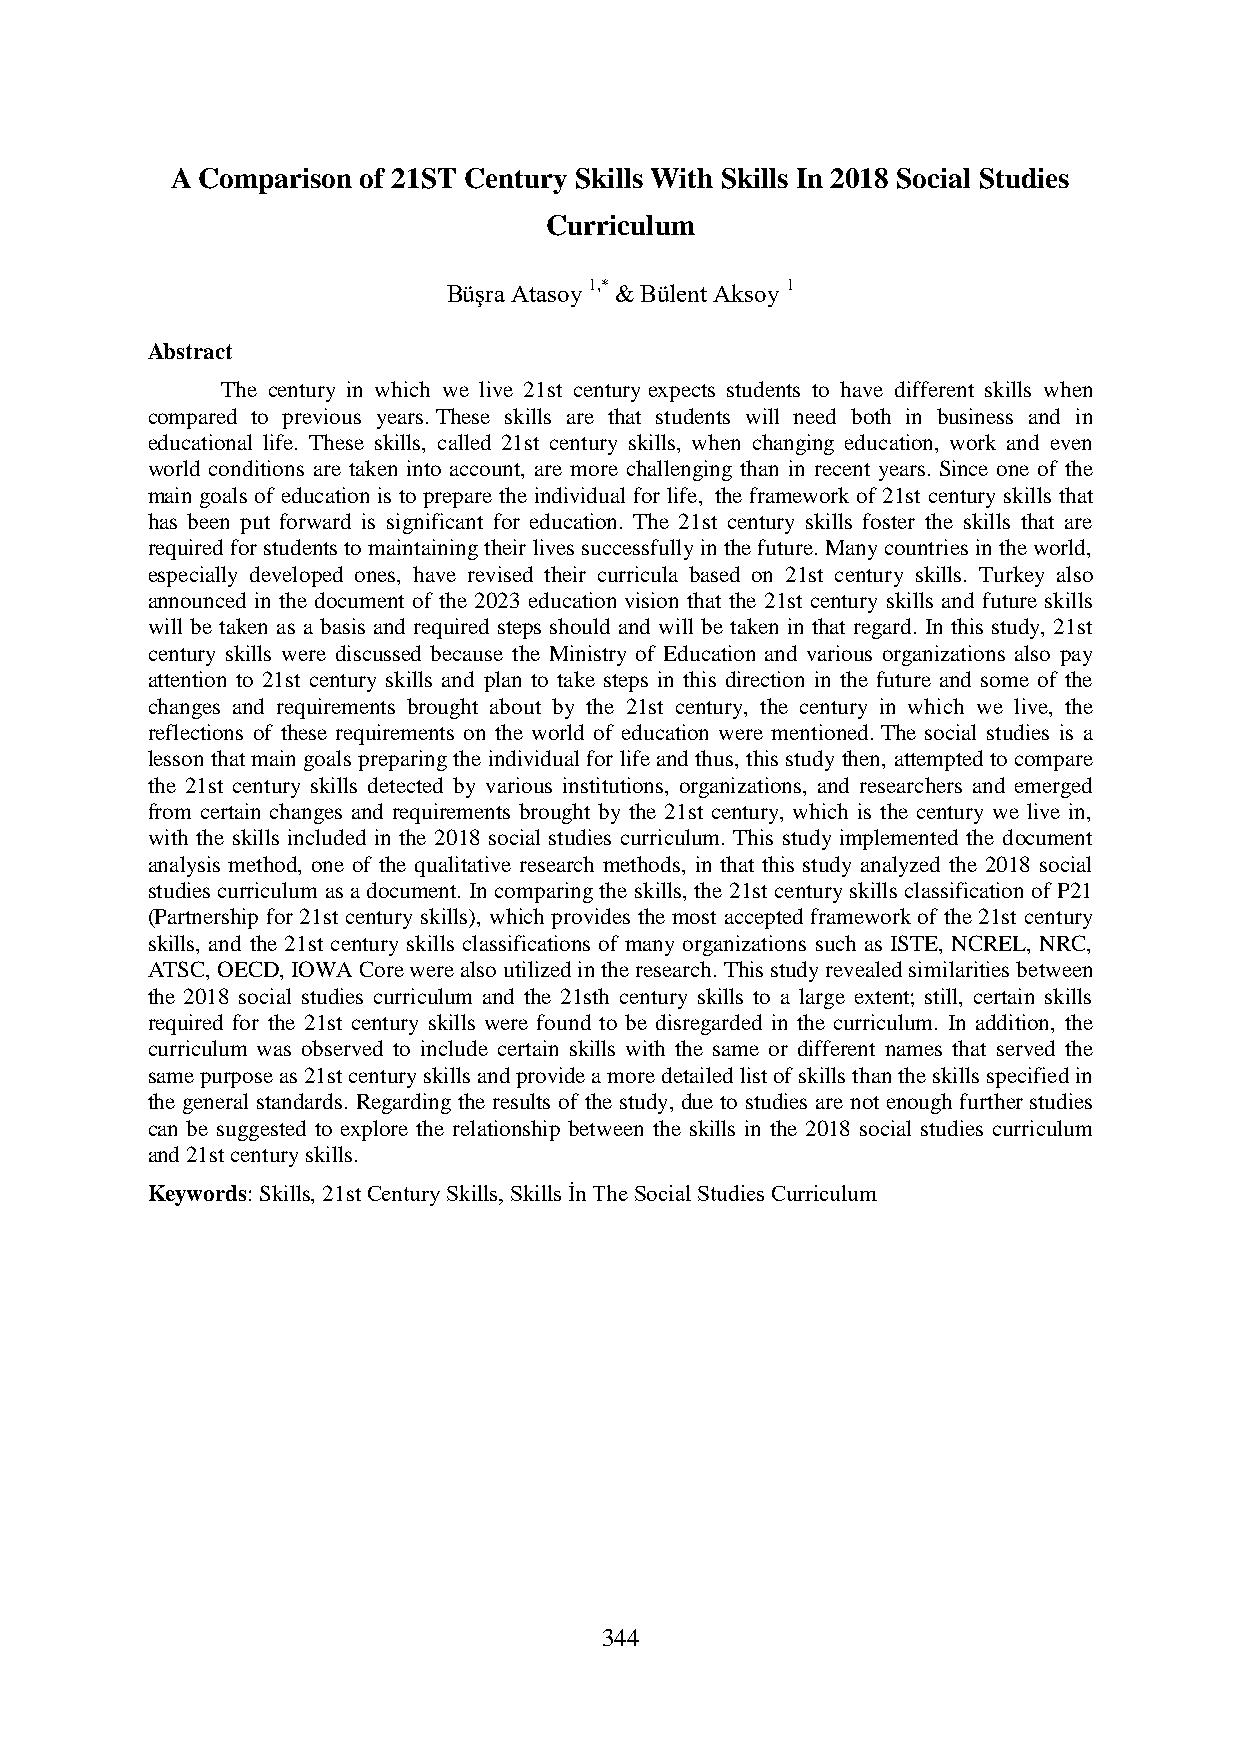
A Comparison of 21ST Century Skills With Skills In 2018 Social Studies
 Curriculum
 Büşra Atasoy 1,* & Bülent Aksoy 1
 Abstract
 The century in which we live 21st century expects students to have different skills when
 compared to previous years. These skills are that students will need both in business and in
 educational life. These skills, called 21st century skills, when changing education, work and even
 world conditions are taken into account, are more challenging than in recent years. Since one of the
 main goals of education is to prepare the individual for life, the framework of 21st century skills that
 has been put forward is significant for education. The 21st century skills foster the skills that are
 required for students to maintaining their lives successfully in the future. Many countries in the world,
 especially developed ones, have revised their curricula based on 21st century skills. Turkey also
 announced in the document of the 2023 education vision that the 21st century skills and future skills
 will be taken as a basis and required steps should and will be taken in that regard. In this study, 21st
 century skills were discussed because the Ministry of Education and various organizations also pay
 attention to 21st century skills and plan to take steps in this direction in the future and some of the
 changes and requirements brought about by the 21st century, the century in which we live, the
 reflections of these requirements on the world of education were mentioned. The social studies is a
 lesson that main goals preparing the individual for life and thus, this study then, attempted to compare
 the 21st century skills detected by various institutions, organizations, and researchers and emerged
 from certain changes and requirements brought by the 21st century, which is the century we live in,
 with the skills included in the 2018 social studies curriculum. This study implemented the document
 analysis method, one of the qualitative research methods, in that this study analyzed the 2018 social
 studies curriculum as a document. In comparing the skills, the 21st century skills classification of P21
 (Partnership for 21st century skills), which provides the most accepted framework of the 21st century
 skills, and the 21st century skills classifications of many organizations such as ISTE, NCREL, NRC,
 ATSC, OECD, IOWA Core were also utilized in the research. This study revealed similarities between
 the 2018 social studies curriculum and the 21sth century skills to a large extent; still, certain skills
 required for the 21st century skills were found to be disregarded in the curriculum. In addition, the
 curriculum was observed to include certain skills with the same or different names that served the
 same purpose as 21st century skills and provide a more detailed list of skills than the skills specified in
 the general standards. Regarding the results of the study, due to studies are not enough further studies
 can be suggested to explore the relationship between the skills in the 2018 social studies curriculum
 and 21st century skills.
 Keywords: Skills, 21st Century Skills, Skills İn The Social Studies Curriculum
 344